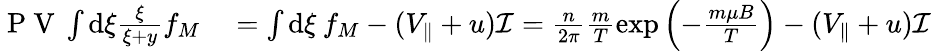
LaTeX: \begin{array}{rl}{\mathrm{~P~V~}\int\mathrm{d}\xi\frac{\xi}{\xi+y}f_{M}}&{{}=\int\mathrm{d}\xi\: f_{M}-(V_{\parallel}+u)\mathcal{I}=\frac{n}{2\pi}\frac{m}{T}\exp\left(-\frac{m\mu B}{T}\right)-(V_{\parallel}+u)\mathcal{I}}\end{array}